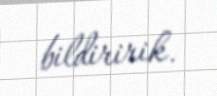
bildiririk.